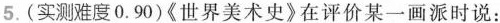
5.(实测难度0.90)《世界美术史》在评价某一画派时说：